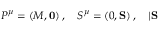
P ^ { \mu } = ( M , \mathbf { 0 } ) \, , \quad S ^ { \mu } = ( 0 , \mathbf { S } ) \, , \quad | \mathbf { S }